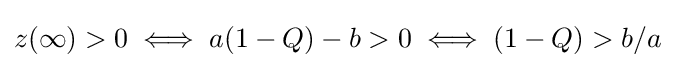
z(\infty )>0\iff a(1-Q)-b>0\iff (1-Q)>b/a